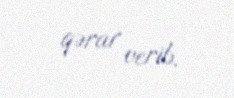
qərar verib.